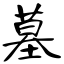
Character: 墓